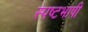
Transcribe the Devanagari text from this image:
स्पष्टभाषी